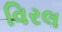
વિરલ